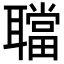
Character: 𦗴